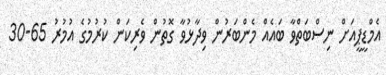
އެމްޑީޕީއަށް ނިސްބަތްވާ ބައެއް މެންބަރުން ވިދާޅުވާ ގޮތުން ވެރިކަން ކުރުމުގެ އުމުރު 65-30